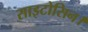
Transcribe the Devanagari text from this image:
साइटोसिन।